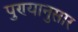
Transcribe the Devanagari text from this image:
पुण्यानुसार